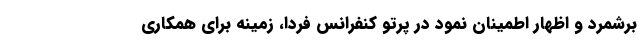
برشمرد و اظهار اطمینان نمود در پرتو کنفرانس فردا، زمینه برای همکاری